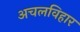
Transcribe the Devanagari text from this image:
अचलविहार